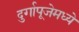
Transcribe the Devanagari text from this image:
दुर्गापूजेमध्ये